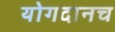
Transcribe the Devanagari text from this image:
योगदानच